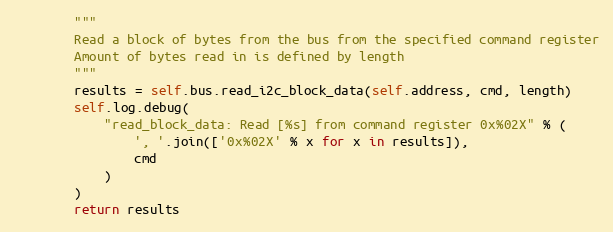
Language: Python
        """
        Read a block of bytes from the bus from the specified command register
        Amount of bytes read in is defined by length
        """
        results = self.bus.read_i2c_block_data(self.address, cmd, length)
        self.log.debug(
            "read_block_data: Read [%s] from command register 0x%02X" % (
                ', '.join(['0x%02X' % x for x in results]),
                cmd
            )
        )
        return results